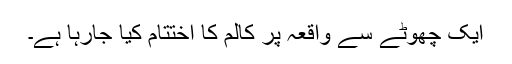
ایک چھوٹے سے واقعہ پر کالم کا اختتام کیا جارہا ہے۔